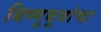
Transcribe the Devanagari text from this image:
बिष्णुबुवांचा